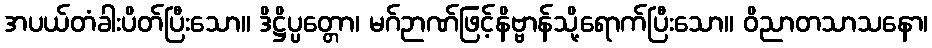
အပယ်တံခါးပိတ်ပြီးသော။ ဒိဋ္ဌိပ္ပတ္တော၊ မဂ်ဉာဏ်ဖြင့်နိဗ္ဗာန်သို့ရောက်ပြီးသော။ ဝိညာတသာသနော၊